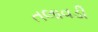
તલાવડી